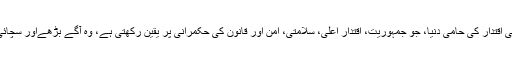
یہی وقت ہے کہ اعلیٰ اقتدار کی حامی دنیا، جو جمہوریت، اقتدار اعلیٰ، سلامتی، امن اور قانون کی حکمرانی پر یقین رکھتی ہے، وہ آگے بڑھےاور سچائی کا پختہ ساتھ دے‘۔